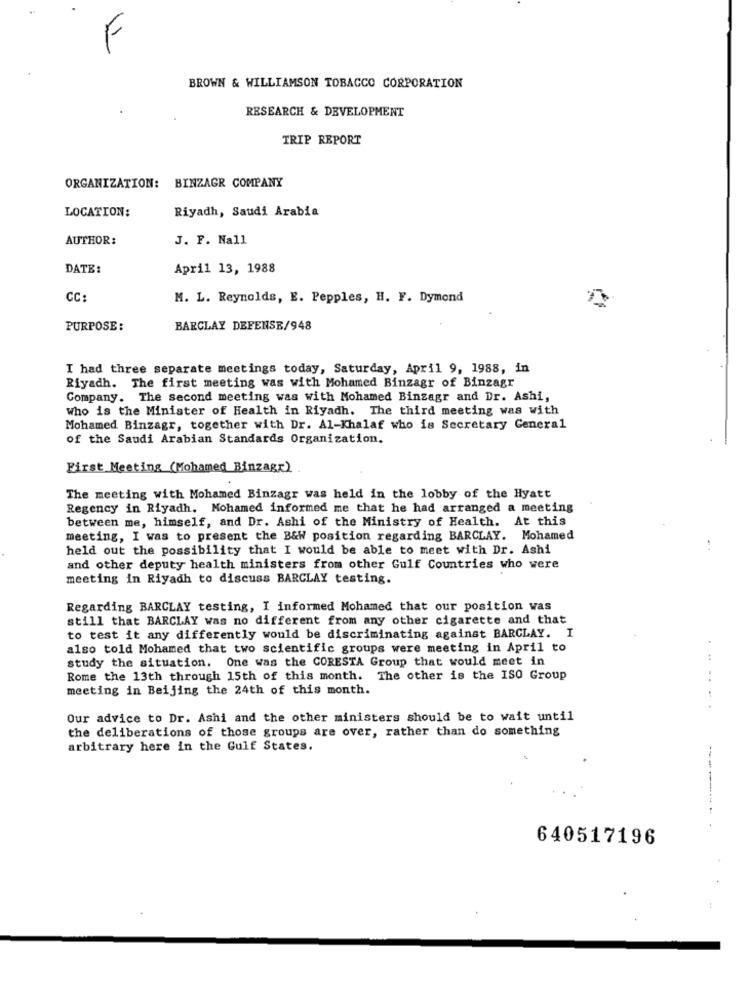
F
BROWN & WILLIAMSON TOBACCO CORPORATION
RESEARCH & DEVELOPMENT
TRIP REPORT
ORGANIZATION: BINZAGR COMPANY
LOCATION:
Riyadh, Saudi Arabia
AUTHOR:
J. F. Nall
DATE:
April 13, 1988
CC:
M. L. Reynolds, E. Pepples, H. F. Dymond
PURPOSE:
BARCLAY DEFENSE/948
I had three separate meetings today, Saturday, April 9, 1988, in
Riyadh. The first meeting was with Mohamed Binzagr of Binzagr
Company. The second meeting was with Mohamed Binzagr and Dr. Ashi,
Who is the Minister of Health in Riyadh. The third meeting was with
Mohamed Binzagr, together with Dr. Al-Khalaf who is Secretary Ceneral
of the Saudi Arabian Standards Organization.
First Meeting (Mohamed Binzagr)
The meeting with Mohamed Binzagr was held in the lobby of the Hyatt
Regency in Riyadh. Mohamed informed me that he had arranged a meeting
between me, himself, and Dr. Ashi of the Ministry of Health. At this
meeting, I was to present the B&W position regarding BARCLAY. Mohamed
held out the possibility that I would be able to meet with Dr. Ashi
and other deputy health ministers from other Gulf Countries who were
meeting in Riyadh to discuss BARCLAY testing.
Regarding BARCLAY testing, I informed Mohamed that our position was
still that BARCLAY was no different from any other cigarette and that
to test it any differently would be discriminating against BARCLAY. I
also told Mohamed that two scientific groups were meeting in April to
study the situation. One was the CORESTA Group that would meet in
Rome the 13th through 15th of this month. The other is the ISO Group
.. ..
meeting in Beijing the 24th of this month.
Our advice to Dr. Ashi and the other ministers should be to wait until
the deliberations of those groups are over, rather than do something
arbitrary here in the Gulf States.
------
640517196